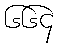
၆၆၄